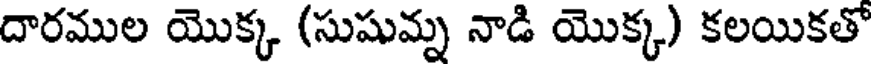
దారముల యొక్క (సుషుమ్న నాడి యొక్క) కలయికతో